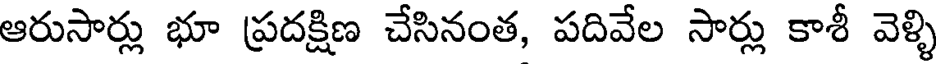
ఆరుసార్లు భూ ప్రదక్షిణ చేసినంత, పదివేల సార్లు కాశీ వెళ్ళి